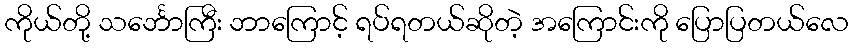
ကိုယ်တို့ သင်္ဘောကြီး ဘာကြောင့် ရပ်ရတယ်ဆိုတဲ့ အကြောင်းကို ပြောပြတယ်လေ